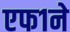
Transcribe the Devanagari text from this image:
एफ१ने